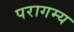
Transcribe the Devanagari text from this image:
परागम्य